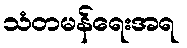
သံတမန်ရေးအရ